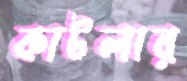
কাটলার